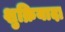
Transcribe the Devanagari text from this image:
शुक्रियादा